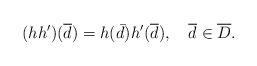
\begin{align*}(hh^{\prime })(\overline{d})=h(\bar d)h^{\prime }(\overline{d}),\quad\overline{d}\in \overline{D}.\end{align*}